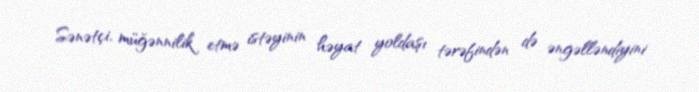
Sənətçi, müğənnilik etmə istəyinin həyat yoldaşı tərəfindən də əngəlləndiyini